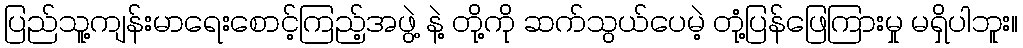
ပြည်သူ့ကျန်းမာရေးစောင့်ကြည့်အဖွဲ့ နဲ့ တို့ကို ဆက်သွယ်ပေမဲ့ တုံ့ပြန်ဖြေကြားမှု မရှိပါဘူး။